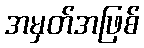
အမှတ်အဖြစ်